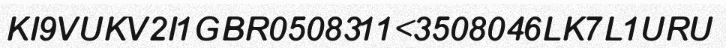
KI9VUKV2I1GBR0508311<3508046LK7L1URU